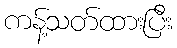
ကန့်သတ်ထားပြီး